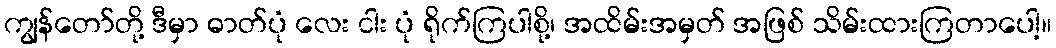
ကျွန်တော်တို့ ဒီမှာ ဓာတ်ပုံ လေး ငါး ပုံ ရိုက်ကြပါစို့၊ အထိမ်းအမှတ် အဖြစ် သိမ်းထားကြတာပေါ့။